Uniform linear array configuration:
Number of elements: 8
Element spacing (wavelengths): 0.25
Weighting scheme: hann
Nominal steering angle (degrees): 0
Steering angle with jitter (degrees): -1.107
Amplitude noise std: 0.05
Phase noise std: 0.05

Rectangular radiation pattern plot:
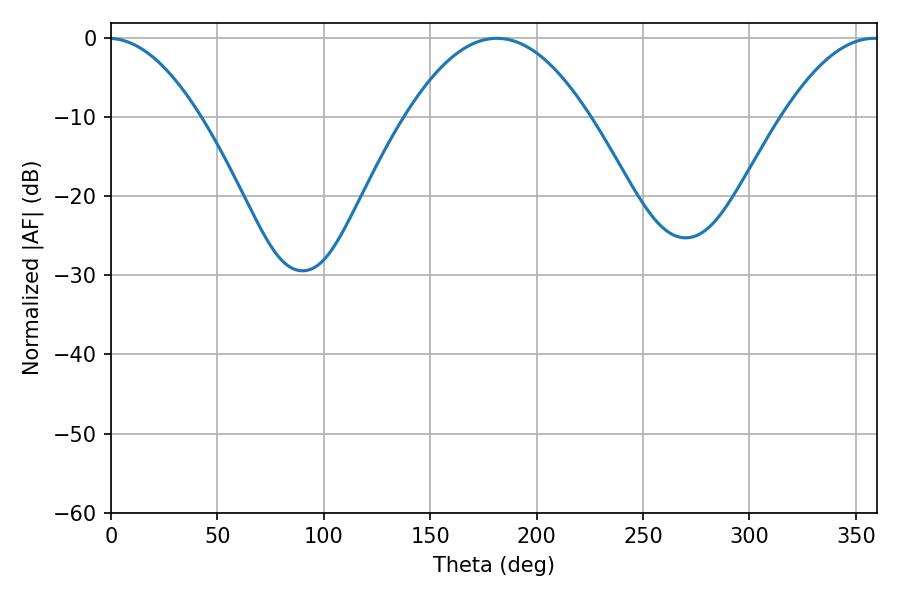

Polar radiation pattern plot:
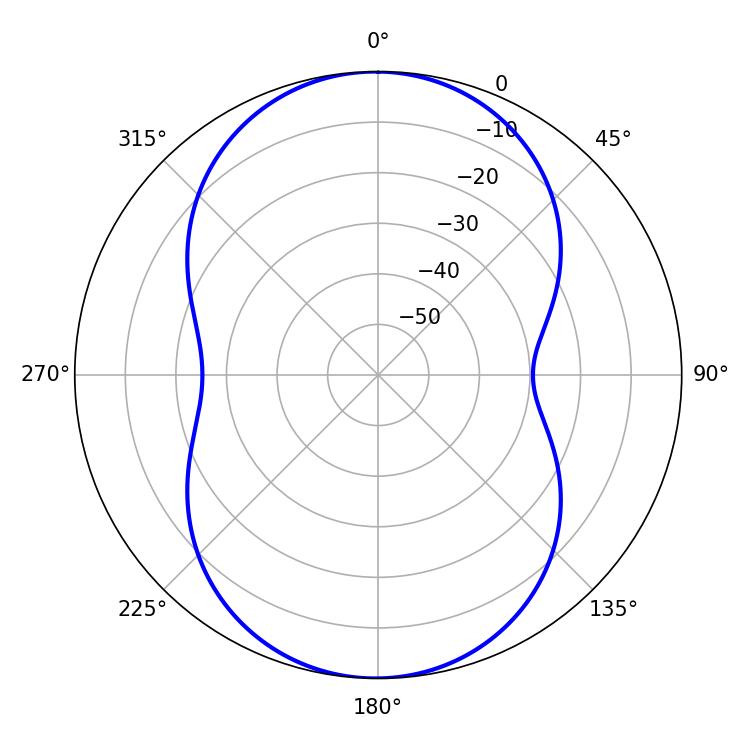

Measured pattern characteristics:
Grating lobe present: FALSE
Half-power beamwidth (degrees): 47.34
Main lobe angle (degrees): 181.26